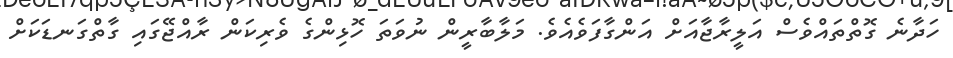
ހަދާނެ ގޮތްތައްވެސް އަލީރާޖާއަށް އަންގާފަވެއެވެ. މަލާބާރީން ނުވަތަ ހޮޅިންގެ ވެރިކަން ރާއްޖޭގައި ގާތްގަނޑަކަށް